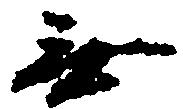
無